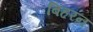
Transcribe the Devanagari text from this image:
बिहरन